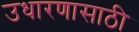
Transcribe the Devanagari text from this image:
उधारणासाठी